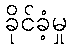
ခိုင်ခံ့မှု